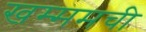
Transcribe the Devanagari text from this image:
खम्ममची